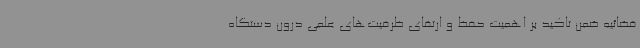
قضائیه ضمن تاکید بر اهمیت حفظ و ارتقای ظرفیت‌های علمی درون دستگاه